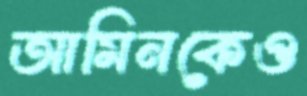
আমিনকেও